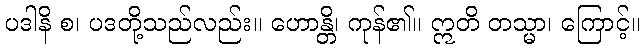
ပဒါနိ စ၊ ပဒတို့သည်လည်း။ ဟောန္တိ၊ ကုန်၏။ ဣတိ တသ္မာ၊ ကြောင့်။